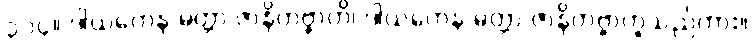
၃၁၄။ ဒါယကေန မတ္တာ ဇာနိတဗ္ဗာတိ၊ ဒါယကေန မတ္တာ ဇာနိတဗ္ဗာဟူသည်ကား။